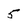
Character: 5